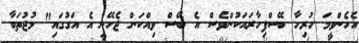
އެހެންވީމަ ހުރިހާ ބޭސްފިހާރައަކުންވެސް އެ ބޭސް ވިއްކަން ޖެހޭނީ އެ އަގުގައި" މުޖުތަބާ